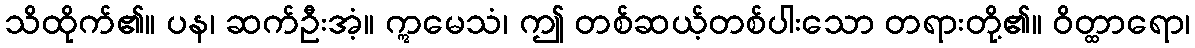
သိထိုက်၏။ ပန၊ ဆက်ဦးအံ့။ ဣမေသံ၊ ဤ တစ်ဆယ့်တစ်ပါးသော တရားတို့၏။ ဝိတ္ထာရော၊